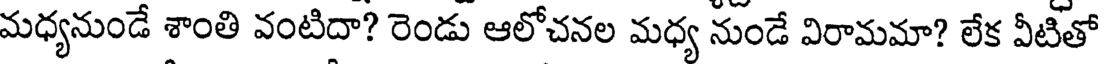
మధ్యనుండే శాంతి వంటిదా? రెండు ఆలోచనల మధ్య నుండే విరామమా? లేక వీటితో